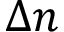
\Delta n